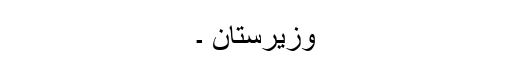
وزیرستان ۔